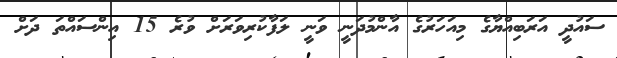
ސައުދީ އަރަބިއްޔާގެ މިއަހަރުގެ އާންމުދަނީ ވަނީ ލަފާކުރިވަރަށް ވުރެ 15 އިންސައްތަ ދަށް